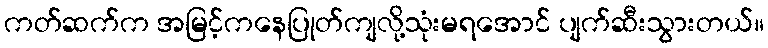
ကတ်ဆက်က အမြင့်ကနေပြုတ်ကျလို့သုံးမရအောင် ပျက်ဆီးသွားတယ်။